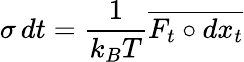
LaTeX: \sigma\, dt=\frac{1}{k_{B}T}\overline{{F_{t}\circ{dx}_{t}}}